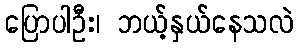
ပြောပါဦး၊ ဘယ့်နှယ်နေသလဲ